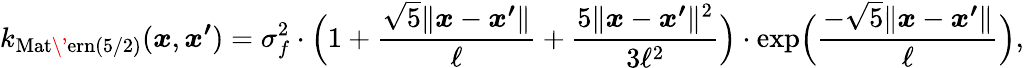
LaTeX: k_{\mathrm{Mat\' {e}rn}(5/2)}(\boldsymbol{x},\boldsymbol{x^{\prime}})=\sigma_{f}^{2}\cdot\Big(1+\frac{\sqrt{5}\lVert\boldsymbol{x}-\boldsymbol{x^{\prime}}\rVert}{\ell}+\frac{5\lVert\boldsymbol{x}-\boldsymbol{x^{\prime}}\rVert^{2}}{3\ell^{2}}\Big)\cdot\mathrm{exp}\Big(\frac{-\sqrt{5}\lVert\boldsymbol{x}-\boldsymbol{x^{\prime}}\rVert}{\ell}\Big),